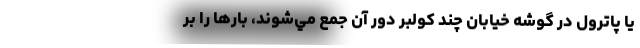
يا پاترول در گوشه خيابان چند كولبر دور آن جمع مي‌شوند، بارها را بر